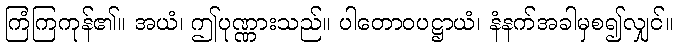
ကြံကြကုန်၏။ အယံ၊ ဤပုဏ္ဏားသည်။ ပါတောဝပဋ္ဌာယံ၊ နံနက်အခါမှစ၍လျှင်။